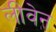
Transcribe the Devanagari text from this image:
लीवेन